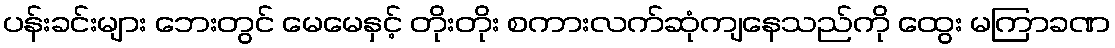
ပန်းခင်းများ ဘေးတွင် မေမေနှင့် တိုးတိုး စကားလက်ဆုံကျနေသည်ကို ထွေး မကြာခဏ